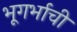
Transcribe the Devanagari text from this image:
भूगर्भाची